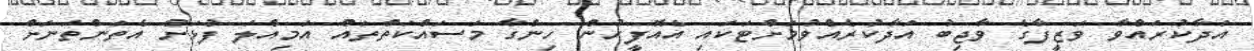
އަދާކުރައްވާ ވަޒީފާގެ ވާޖިބު އަދާކުރެއްވުމަށްޓަކައި އެއޮފީހުން ހިންގާ މަސައްކަތްތައް އަމިއްލަ ފުޅަށް އެތަންތަނަށް